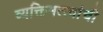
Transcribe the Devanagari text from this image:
व्यक्तिमत्त्वांची